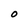
Character: O